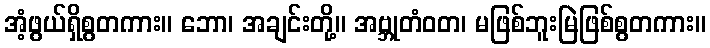
အံ့ဖွယ်ရှိစွတကား။ ဘော၊ အချင်းတို့။ အဗ္ဘုတံဝတ၊ မဖြစ်ဘူးမြဲဖြစ်စွတကား။